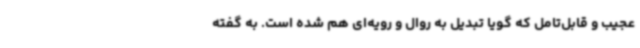
عجیب و قابل‌تامل که گویا تبدیل به روال و رویه‌ای هم شده است. به گفته